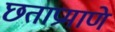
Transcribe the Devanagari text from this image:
छताप्रमाणे